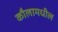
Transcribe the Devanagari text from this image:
कौलामधील